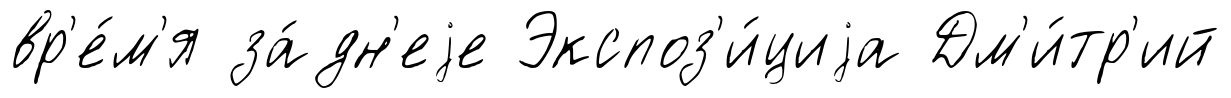
вр'е́м'я за́дн'еjе Экспоз'и́циjа Дм'и́тр'ий